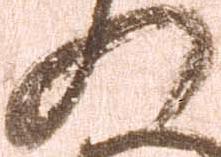
の